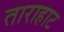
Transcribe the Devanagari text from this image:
ताराहाट